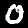
Digit: 0